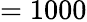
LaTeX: =1000